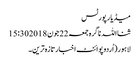
میڈیا رپورٹس
ثنااللہ ناگرہ جمعہ 22 جون 2018 15:30
لاہور(اُردوپوائنٹ اخبارتازہ ترین۔